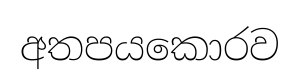
අතපයකොරව